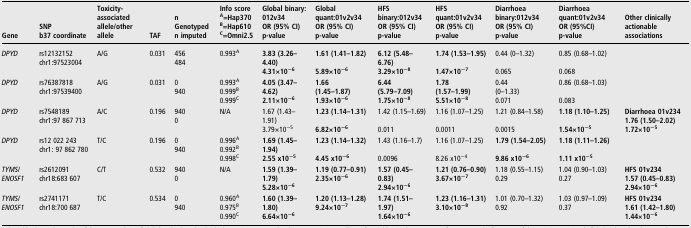
<table><thead><tr><td><b>Gene</b></td><td><b>SNPb37 coordinate</b></td><td><b>Toxicity- associated allele/other allele</b></td><td><b>TAF</b></td><td><b>n Genotypedn imputed</b></td><td><b>Info score<sup>A</sup>=Hap370<sup>B</sup>=Hap610<sup>C</sup>=Omni2.5</b></td><td><b>Global binary: 012v34OR (95% CI)p-value</b></td><td><b>Global quant:01v2v34OR (95% CI)p-value</b></td><td><b>HFS binary:012v34OR (95% CI)p-value</b></td><td><b>HFS quant:01v2v34OR (95% CI)p-value</b></td><td><b>Diarrhoea binary:012v34OR (95% CI)p-value</b></td><td><b>Diarrhoea quant:01v2v34OR (95%CI)p-value</b></td><td><b>Other clinically actionable associations</b></td></tr></thead><tbody><tr><td rowspan="2"><i>DPYD</i></td><td rowspan="2">rs12132152chr1:97523004</td><td rowspan="2">A/G</td><td rowspan="2">0.031</td><td rowspan="2">456484</td><td rowspan="2">0.993<sup>A</sup></td><td><b>3.83 (3.26–4.40)</b></td><td><b>1.61 (1.41–1.82)</b></td><td><b>6.12 (5.48–6.76)</b></td><td><b>1.74 (1.53–1.95)</b></td><td>0.44 (0–1.32)</td><td>0.85 (0.68–1.02)</td><td></td></tr><tr><td><b>4.31×10<sup>−6</sup></b></td><td><b>5.89×10<sup>−6</sup></b></td><td><b>3.29×10<sup>−8</sup></b></td><td><b>1.47×10<sup>−7</sup></b></td><td>0.065</td><td>0.068</td><td></td></tr><tr><td rowspan="2"><i>DPYD</i></td><td rowspan="2">rs76387818chr1:97539400</td><td rowspan="2">A/G</td><td rowspan="2">0.031</td><td rowspan="2">0940</td><td rowspan="2">0.993<sup>A</sup>0.999<sup>B</sup>0.999<sup>C</sup></td><td><b>4.05 (3.47–4.62)</b></td><td><b>1.66</b><b>(1.45–1.87)</b></td><td><b>6.44</b><b>(5.79–7.09)</b></td><td><b>1.78</b><b>(1.57–1.99)</b></td><td>0.44(0–1.33)</td><td>0.86 (0.68–1.03)</td><td></td></tr><tr><td><b>2.11×10<sup>−6</sup></b></td><td><b>1.93×10<sup>−6</sup></b></td><td><b>1.75×10<sup>−8</sup></b></td><td><b>5.51×10<sup>−8</sup></b></td><td>0.071</td><td>0.083</td><td></td></tr><tr><td rowspan="2"><i>DPYD</i></td><td rowspan="2">rs7548189chr1:97 867 713</td><td rowspan="2">A/C</td><td rowspan="2">0.196</td><td rowspan="2">9400</td><td rowspan="2">N/A</td><td>1.67 (1.43–1.91)</td><td><b>1.23 (1.14–1.31)</b></td><td>1.42 (1.15–1.69)</td><td>1.16 (1.07–1.25)</td><td>1.21 (0.84–1.58)</td><td><b>1.18 (1.10–1.25)</b></td><td><b>Diarrhoea 01v234</b><b>1.76 (1.50–2.02)</b></td></tr><tr><td>3.79×10<sup>−5</sup></td><td><b>6.82×10<sup>−6</sup></b></td><td>0.011</td><td>0.0011</td><td>0.0015</td><td><b>1.54×10<sup>−5</sup></b></td><td><b>1.72×10<sup>−5</sup></b></td></tr><tr><td rowspan="2"><i>DPYD</i></td><td rowspan="2">rs12 022 243chr1: 97 862 780</td><td rowspan="2">T/C</td><td rowspan="2">0.196</td><td rowspan="2">0940</td><td rowspan="2">0.996<sup>A</sup>0.992<sup>B</sup>0.998<sup>C</sup></td><td><b>1.69 (1.45–1.94)</b></td><td><b>1.23 (1.14–1.32)</b></td><td>1.43 (1.16–1.7)</td><td>1.16 (1.07–1.25)</td><td><b>1.79 (1.54–2.05)</b></td><td><b>1.18 (1.11–1.26)</b></td><td></td></tr><tr><td><b>2.55 x10<sup>−5</sup></b></td><td><b>4.45 x10<sup>−6</sup></b></td><td>0.0096</td><td>8.26 x10<sup>−4</sup></td><td><b>9.86 x10<sup>−6</sup></b></td><td><b>1.11 x10<sup>−5</sup></b></td><td></td></tr><tr><td><i>TYMS</i>/<i>ENOSF1</i></td><td>rs2612091chr18:683 607</td><td>C/T</td><td>0.532</td><td>9400</td><td>N/A</td><td><b>1.59 (1.39–1.79)</b><b>5.28×10<sup>−6</sup></b></td><td><b>1.19 (0.77–0.91)</b><b>2.35×10<sup>−6</sup></b></td><td><b>1.57 (0.45–0.83)</b><b>2.94×10<sup>−6</sup></b></td><td><b>1.21 (0.76–0.90)</b><b>3.67×10<sup>−7</sup></b></td><td>1.18 (0.55–1.15)0.29</td><td>1.04 (0.90–1.03)0.27</td><td><b>HFS 01v234</b><b>1.57 (0.45–0.83)</b><b>2.94×10<sup>−6</sup></b></td></tr><tr><td><i>TYMS</i>/<i>ENOSF1</i></td><td>rs2741171chr18:700 687</td><td>T/C</td><td>0.534</td><td>0940</td><td>0.960<sup>A</sup>0.975<sup>B</sup>0.990<sup>C</sup></td><td><b>1.60 (1.39–1.80)</b><b>6.64×10<sup>−6</sup></b></td><td><b>1.20 (1.13–1.28)</b><b>9.24×10<sup>−7</sup></b></td><td><b>1.74 (1.51–1.97)</b><b>1.64×10<sup>−6</sup></b></td><td><b>1.23 (1.16–1.31)</b><b>3.10×10<sup>−8</sup></b></td><td>1.01 (0.70–1.32)0.92</td><td>1.03 (0.97–1.09)0.37</td><td><b>HFS 01v234</b><b>1.61 (1.42–1.80)</b><b>1.44×10<sup>−6</sup></b></td></tr></tbody></table>